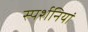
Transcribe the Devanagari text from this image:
स्पर्शनियां